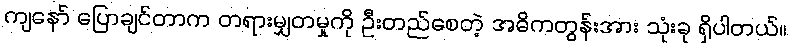
ကျနော် ပြောချင်တာက တရားမျှတမှုကို ဦးတည်စေတဲ့ အဓိကတွန်းအား သုံးခု ရှိပါတယ်။